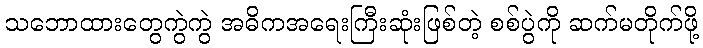
သဘောထားတွေကွဲကွဲ အဓိကအရေးကြီးဆုံးဖြစ်တဲ့ စစ်ပွဲကို ဆက်မတိုက်ဖို့